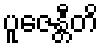
ပူဇေန္တီတိ